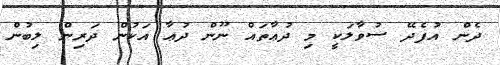
ދެން އުފެދޭ ސުވާލަކީ މި ދުޢާތައް ނޫން ދުޢާ އަކުން ދަރިން ލިބުން